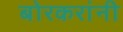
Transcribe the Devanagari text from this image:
बोरकरांनी